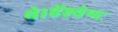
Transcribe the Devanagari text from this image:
थे।ऐंश्येण्ट